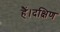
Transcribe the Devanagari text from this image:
हैं।दक्षिण